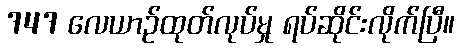
747 လေယာဉ်ထုတ်လုပ်မှု ရပ်ဆိုင်းလိုက်ပြီ။